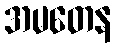
အမတေန